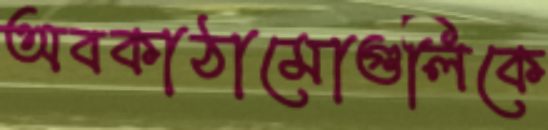
অবকাঠামোগুলিকে